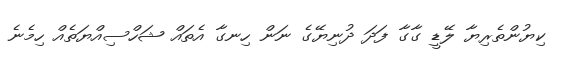
ކިޔުންތެރިޔާ ލޭޑީ ގާގާ ފަދަ ދުނިޔޭގެ ނަން ހިނގާ އެތައް ޝަހްސިއްޔަތެއް ހިމެނެ